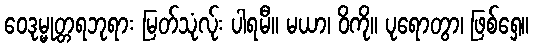
ဝေဒုမ္မုတ္တရဘုရား မြတ်သုံလ်ုး ပါရမီ။ မယာ၊ ဝိကို။ ပုရောတွာ၊ ဖြစ်ရှေ။